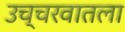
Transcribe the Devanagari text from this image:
उच्चरवातला